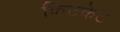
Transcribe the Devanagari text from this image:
किटकेट